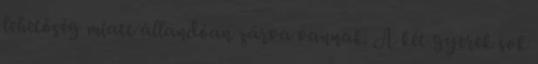
lehetőség miatt állandóan zárva vannak. A két gyerek sok